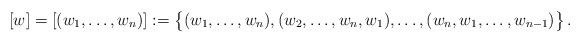
LaTeX: \begin{align*}[w]=[(w_1,\dots,w_n)]:=\big\{(w_1,\dots,w_n),(w_2,\dots,w_n,w_1),\dots,(w_n,w_1,\dots,w_{n-1})\big\}\,.\end{align*}